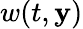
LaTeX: w(t,\mathbf{y})